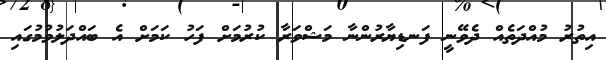
އިތުރު މުއްދަތެއް ދެވޭނީ ފަނޑިޔާރުންނާ މަޝްވަރާ ކުރުމަށް ފަހު ކަމަށް އެ ބައްދަލުވުމުގައި